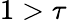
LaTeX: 1>\tau